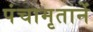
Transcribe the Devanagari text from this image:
पंचामृतानें